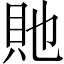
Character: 貤